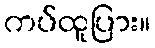
ကပ်ထူပြား။